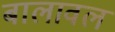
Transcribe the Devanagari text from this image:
बालावल